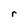
Character: r